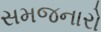
સમજનારો